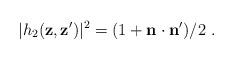
LaTeX: \begin{align*}|h_{2}(\mathbf{z},\mathbf{z}^{\prime})|^{2}=(1+\mathbf{n}\cdot\mathbf{n}^{\prime})/2\ .\end{align*}